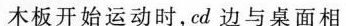
木板开始运动时，cd边与桌面相